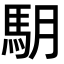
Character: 𩢋